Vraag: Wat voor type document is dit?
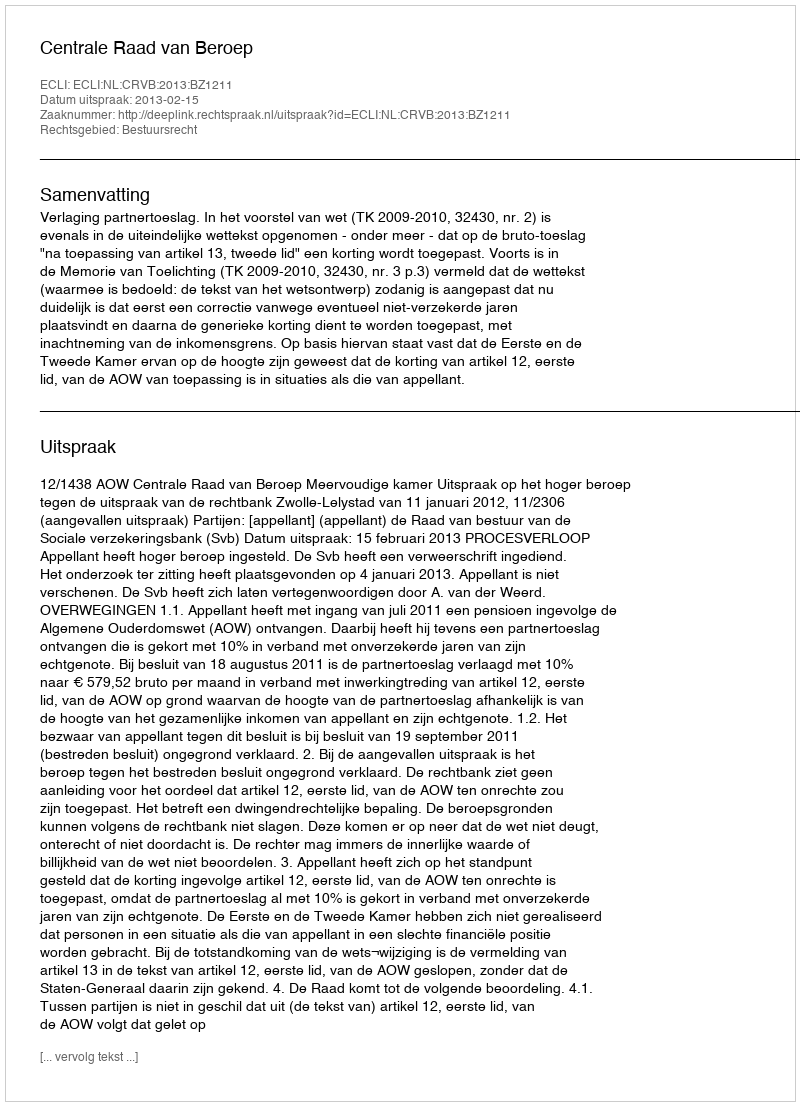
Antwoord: Uitspraak